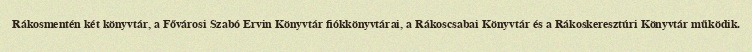
Rákosmentén két könyvtár, a Fővárosi Szabó Ervin Könyvtár fiókkönyvtárai, a Rákoscsabai Könyvtár és a Rákoskeresztúri Könyvtár működik.